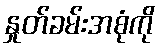
နှုတ်ခမ်းအစုံကို